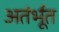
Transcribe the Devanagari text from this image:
अतंर्भूत